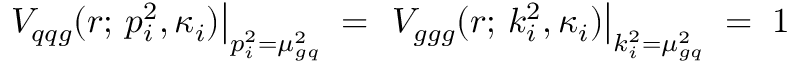
\left. V _ { q q g } ( r ; \, p _ { i } ^ { 2 } , \kappa _ { i } ) \right| _ { p _ { i } ^ { 2 } = \mu _ { g q } ^ { 2 } } \; = \; \left. V _ { g g g } ( r ; \, k _ { i } ^ { 2 } , \kappa _ { i } ) \right| _ { k _ { i } ^ { 2 } = \mu _ { g q } ^ { 2 } } \; = \; 1